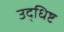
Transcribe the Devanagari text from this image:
उद्धिष्ट